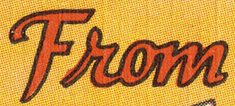
From